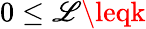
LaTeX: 0\leq\mathscr{L}\leqk